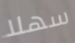
سهلا